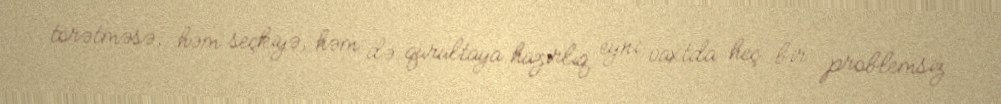
törətməsə, həm seçkiyə, həm də qurultaya hazırlıq eyni vaxtda heç bir problemsiz